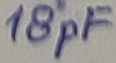
Text: 18pF